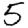
Digit: 5